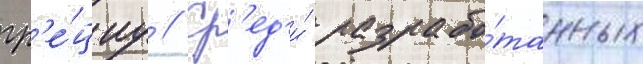
гр'е́циу // Ср'ед'и́ разрабо́танных